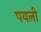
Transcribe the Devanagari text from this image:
पयली